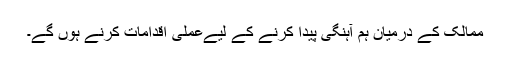
ممالک کے درمیان ہم آہنگی پیدا کرنے کے لیےعملی اقدامات کرنے ہوں گے۔